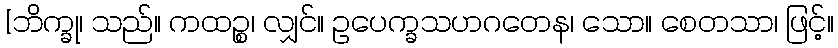
[ဘိက္ခု၊ သည်။ ကထဉ္စ၊ လျှင်။ ဥပေက္ခသဟဂတေန၊ သော။ စေတသာ၊ ဖြင့်။